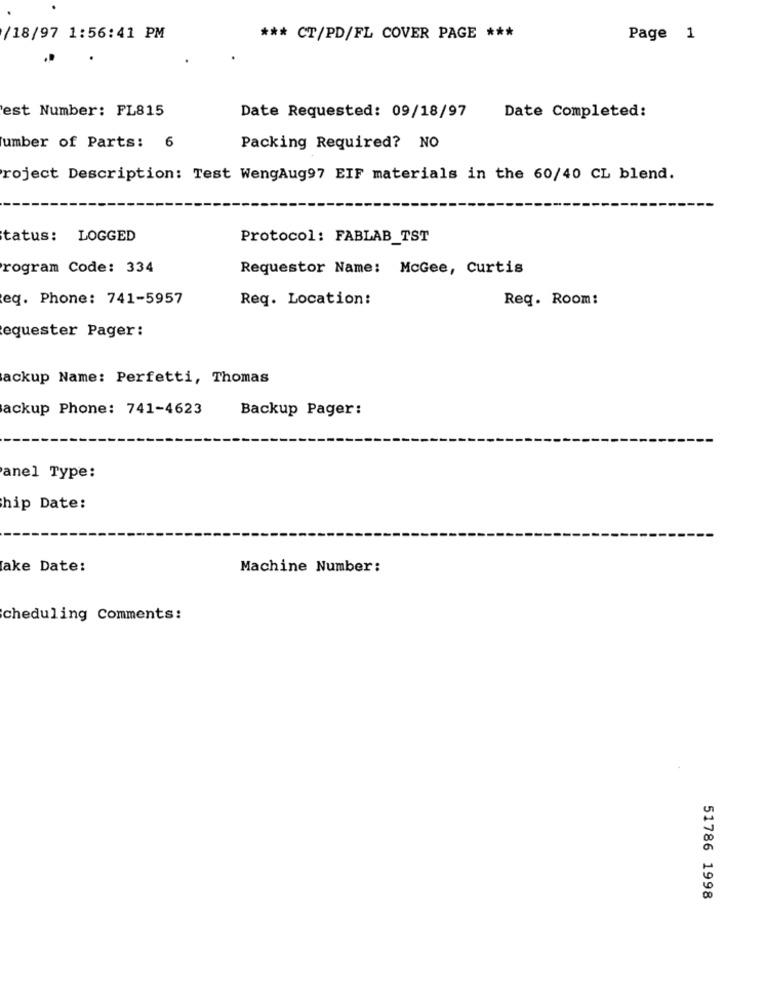
/18/97 1:56:41 PM
*** CT/PD/FL COVER PAGE ***
Page 1
'est Number: FL815
Date Requested: 09/18/97
Date Completed:
umber of Parts: 6
Packing Required? NO
roject Description: Test WengAug97 EIF materials in the 60/40 CL blend.
tatus: LOGGED
Protocol: FABLAB_TST
rogram Code: 334
Requestor Name: McGee, Curtis
eq. Phone: 741-5957
Req. Location:
Reg. Room:
equester Pager:
ackup Name: Perfetti, Thomas
ackup Phone: 741-4623
Backup Pager:
anel Type:
hip Date:
ake Date:
Machine Number:
cheduling Comments:
51786 1998